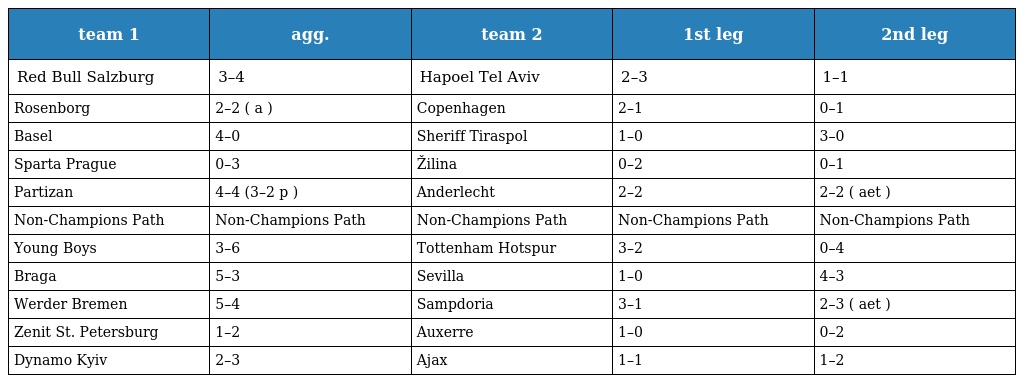
| team 1 | agg. | team 2 | 1st leg | 2nd leg |
 | --- | --- | --- | --- | --- |
 | Red Bull Salzburg | 3–4 | Hapoel Tel Aviv | 2–3 | 1–1 |
 | Rosenborg | 2–2 ( a ) | Copenhagen | 2–1 | 0–1 |
 | Basel | 4–0 | Sheriff Tiraspol | 1–0 | 3–0 |
 | Sparta Prague | 0–3 | Žilina | 0–2 | 0–1 |
 | Partizan | 4–4 (3–2 p ) | Anderlecht | 2–2 | 2–2 ( aet ) |
 | Non-Champions Path | Non-Champions Path | Non-Champions Path | Non-Champions Path | Non-Champions Path |
 | Young Boys | 3–6 | Tottenham Hotspur | 3–2 | 0–4 |
 | Braga | 5–3 | Sevilla | 1–0 | 4–3 |
 | Werder Bremen | 5–4 | Sampdoria | 3–1 | 2–3 ( aet ) |
 | Zenit St. Petersburg | 1–2 | Auxerre | 1–0 | 0–2 |
 | Dynamo Kyiv | 2–3 | Ajax | 1–1 | 1–2 |